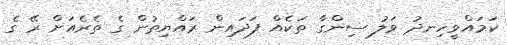
ކަމައްވީހިނދު ވަލު ސިންގާ ތަކެއް ފަދައިން ރައްޔިތުން ގެ ތެރެއަށް ރޭ ގެ